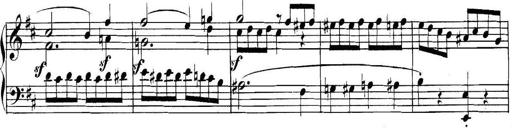
Title: Collected Piano Sonatas
Composer: Muzio Clementi